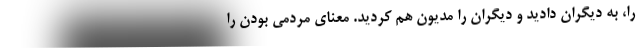
را، به دیگران دادید و دیگران را مدیون هم کردید. معنای مردمی بودن را